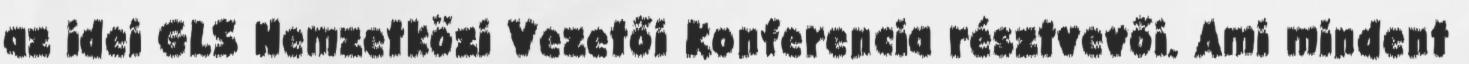
az idei GLS Nemzetközi Vezetői Konferencia résztvevői. Ami mindent